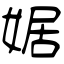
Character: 婮